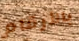
بالأرقام